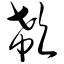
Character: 欷